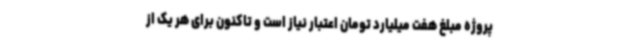
پروژه مبلغ هفت میلیارد تومان اعتبار نیاز است و تاکنون برای هر یک از